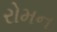
રોમન